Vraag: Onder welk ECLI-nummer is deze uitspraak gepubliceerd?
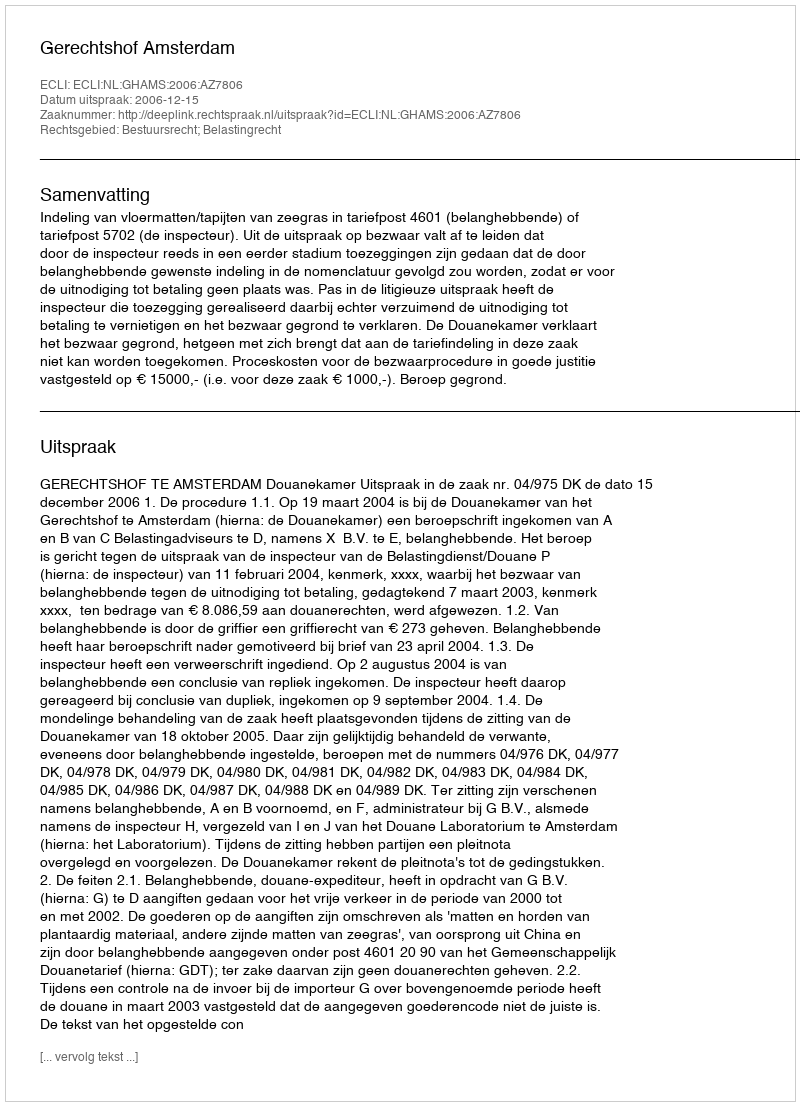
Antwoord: ECLI:NL:GHAMS:2006:AZ7806